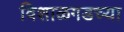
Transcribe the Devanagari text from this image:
विशाळगडच्या